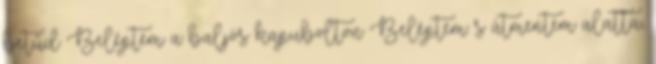
betűd Beléptem a baljós kapubolton Beléptem: s átmentem alatta,